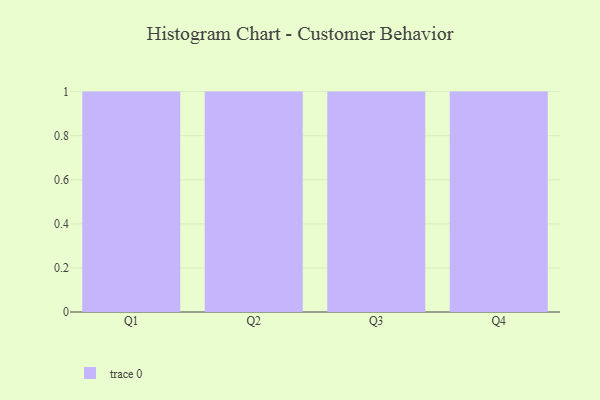
{"axis": {"x": "Quarter", "y": "Energy Usage (MWh)"}, "legend": [""], "data": [{"x": "Q1", "y": 18, "type": ""}, {"x": "Q2", "y": 23, "type": ""}, {"x": "Q3", "y": 34, "type": ""}, {"x": "Q4", "y": 80, "type": ""}]}